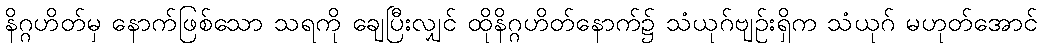
နိဂ္ဂဟိတ်မှ နောက်ဖြစ်သော သရကို ချေပြီးလျှင် ထိုနိဂ္ဂဟိတ်နောက်၌ သံယုဂ်ဗျဉ်းရှိက သံယုဂ် မဟုတ်အောင်